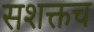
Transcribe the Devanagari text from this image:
सशक्तच